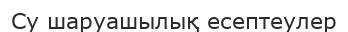
Су шаруашылық есептеулер